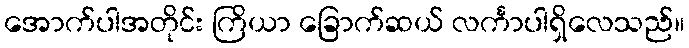
အောက်ပါအတိုင်း ကြိယာ ခြောက်ဆယ် လင်္ကာပါရှိလေသည်။